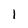
Character: 1